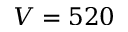
V = 5 2 0